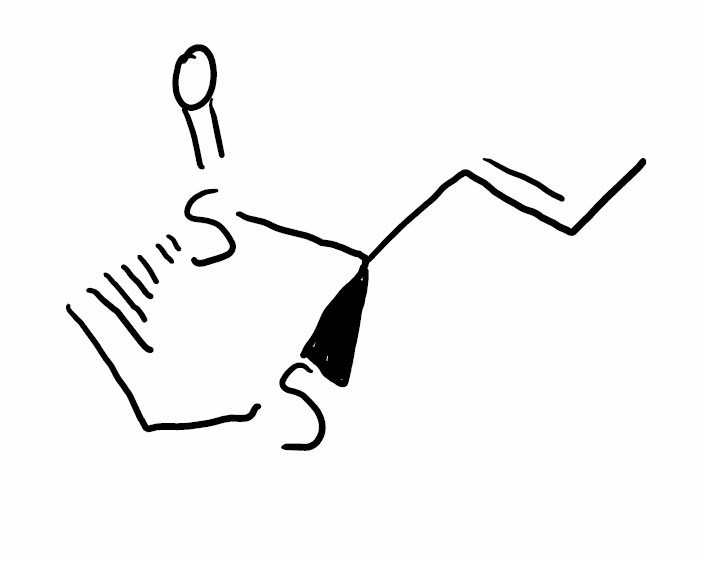
Simplified molecular-input line-entry system (SMILES) notation of the given molecule:
C/C=C/[C@H]1SCC[S@@]1=O